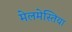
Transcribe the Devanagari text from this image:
मेलमेस्तिया